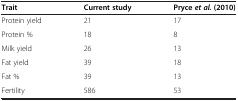
<table><thead><tr><td><b>Trait</b></td><td><b>Current study</b></td><td><b>Pryce<i>et al.</i>(2010)</b></td></tr></thead><tbody><tr><td>Protein yield</td><td>21</td><td>17</td></tr><tr><td>Protein %</td><td>18</td><td>8</td></tr><tr><td>Milk yield</td><td>26</td><td>13</td></tr><tr><td>Fat yield</td><td>39</td><td>18</td></tr><tr><td>Fat %</td><td>39</td><td>13</td></tr><tr><td>Fertility</td><td>586</td><td>53</td></tr></tbody></table>